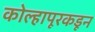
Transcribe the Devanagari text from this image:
कोल्हापूरकडून